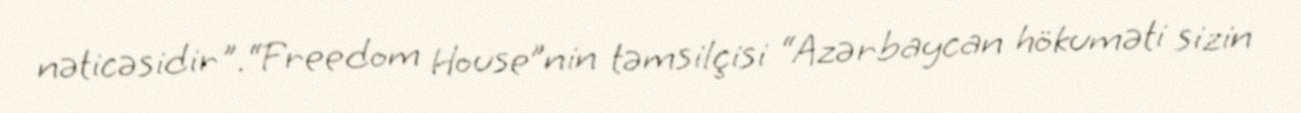
nəticəsidir".“Freedom House”nin təmsilçisi “Azərbaycan hökuməti sizin